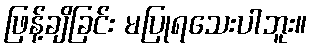
ဖြန့်ချိခြင်း မပြုရသေးပါဘူး။